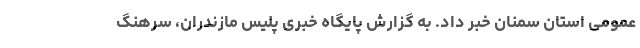
عمومی استان سمنان خبر داد. به گزارش پایگاه خبری پلیس مازندران، سرهنگ